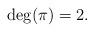
LaTeX: \begin{align*}\deg(\pi) = 2.\end{align*}